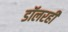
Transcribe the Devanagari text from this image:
डॉलरही